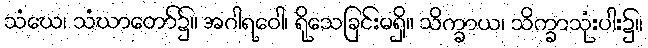
သံဃေ၊ သံဃာတော်၌။ အဂါရဝေါ၊ ရိုသေခြင်းမရှိ။ သိက္ခာယ၊ သိက္ခာသုံးပါး၌။